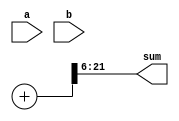
module adder2(a,b,sum);   //trunck the LSBs for output 
input [19:0] a;
input [20:0] b;
output[15:0] sum;

wire [17:0] dataa;
wire [20:0] datab;
reg  [21:0] temp;
reg  [15:0] sum;

always @(dataa,datab)begin
    temp =dataa +datab;
    sum = temp[21:6];
end
endmodule